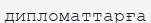
дипломаттарға